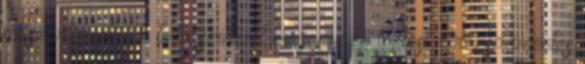
tollszerkezet - a tinta színével megegyező tolltest - rozsdamentes